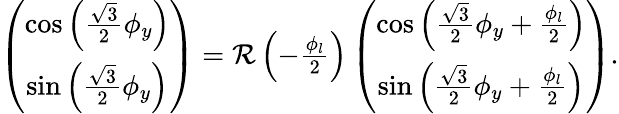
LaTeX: \begin{array}{r}{\left(\begin{array}{c}{\cos\left(\frac{\sqrt{3}}{2}\phi_{y}\right)}\\ {\sin\left(\frac{\sqrt{3}}{2}\phi_{y}\right)}\end{array}\right)={\mathcal R}\left(-\frac{\phi_{l}}{2}\right)\left(\begin{array}{c}{\cos\left(\frac{\sqrt{3}}{2}\phi_{y}+\frac{\phi_{l}}{2}\right)}\\ {\sin\left(\frac{\sqrt{3}}{2}\phi_{y}+\frac{\phi_{l}}{2}\right)}\end{array}\right).}\end{array}